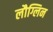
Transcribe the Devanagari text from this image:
लौग्लिन